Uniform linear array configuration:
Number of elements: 12
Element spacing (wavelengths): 0.5
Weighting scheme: exponential
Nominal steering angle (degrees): -60
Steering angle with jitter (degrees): -58.46
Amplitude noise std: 0.05
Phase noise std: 0.05

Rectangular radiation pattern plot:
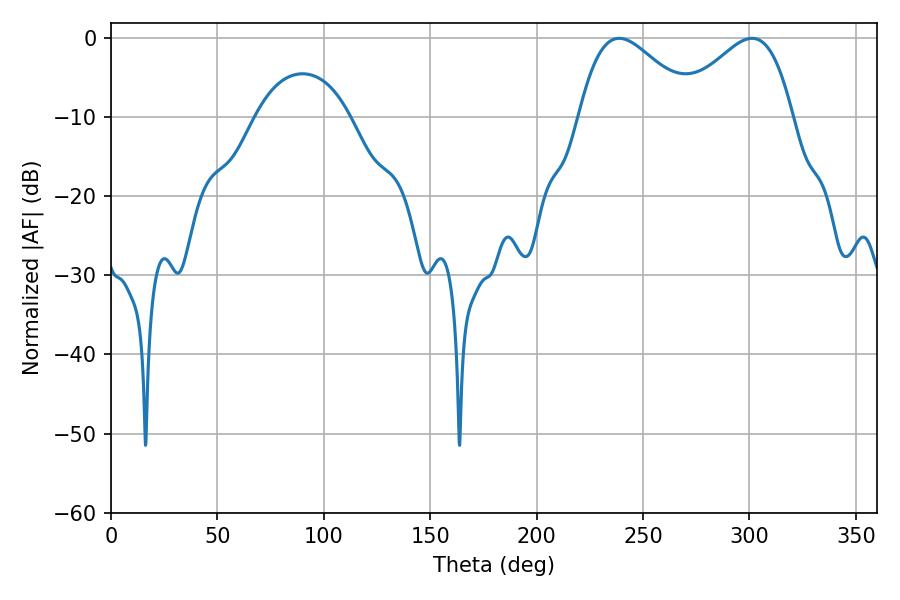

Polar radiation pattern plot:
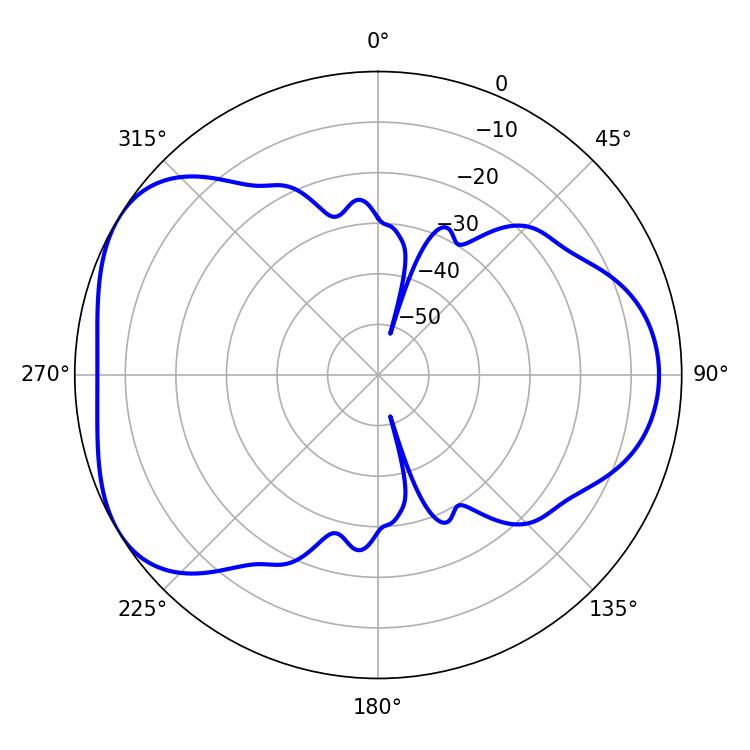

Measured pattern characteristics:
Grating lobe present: FALSE
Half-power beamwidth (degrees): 29.16
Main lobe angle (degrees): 238.86